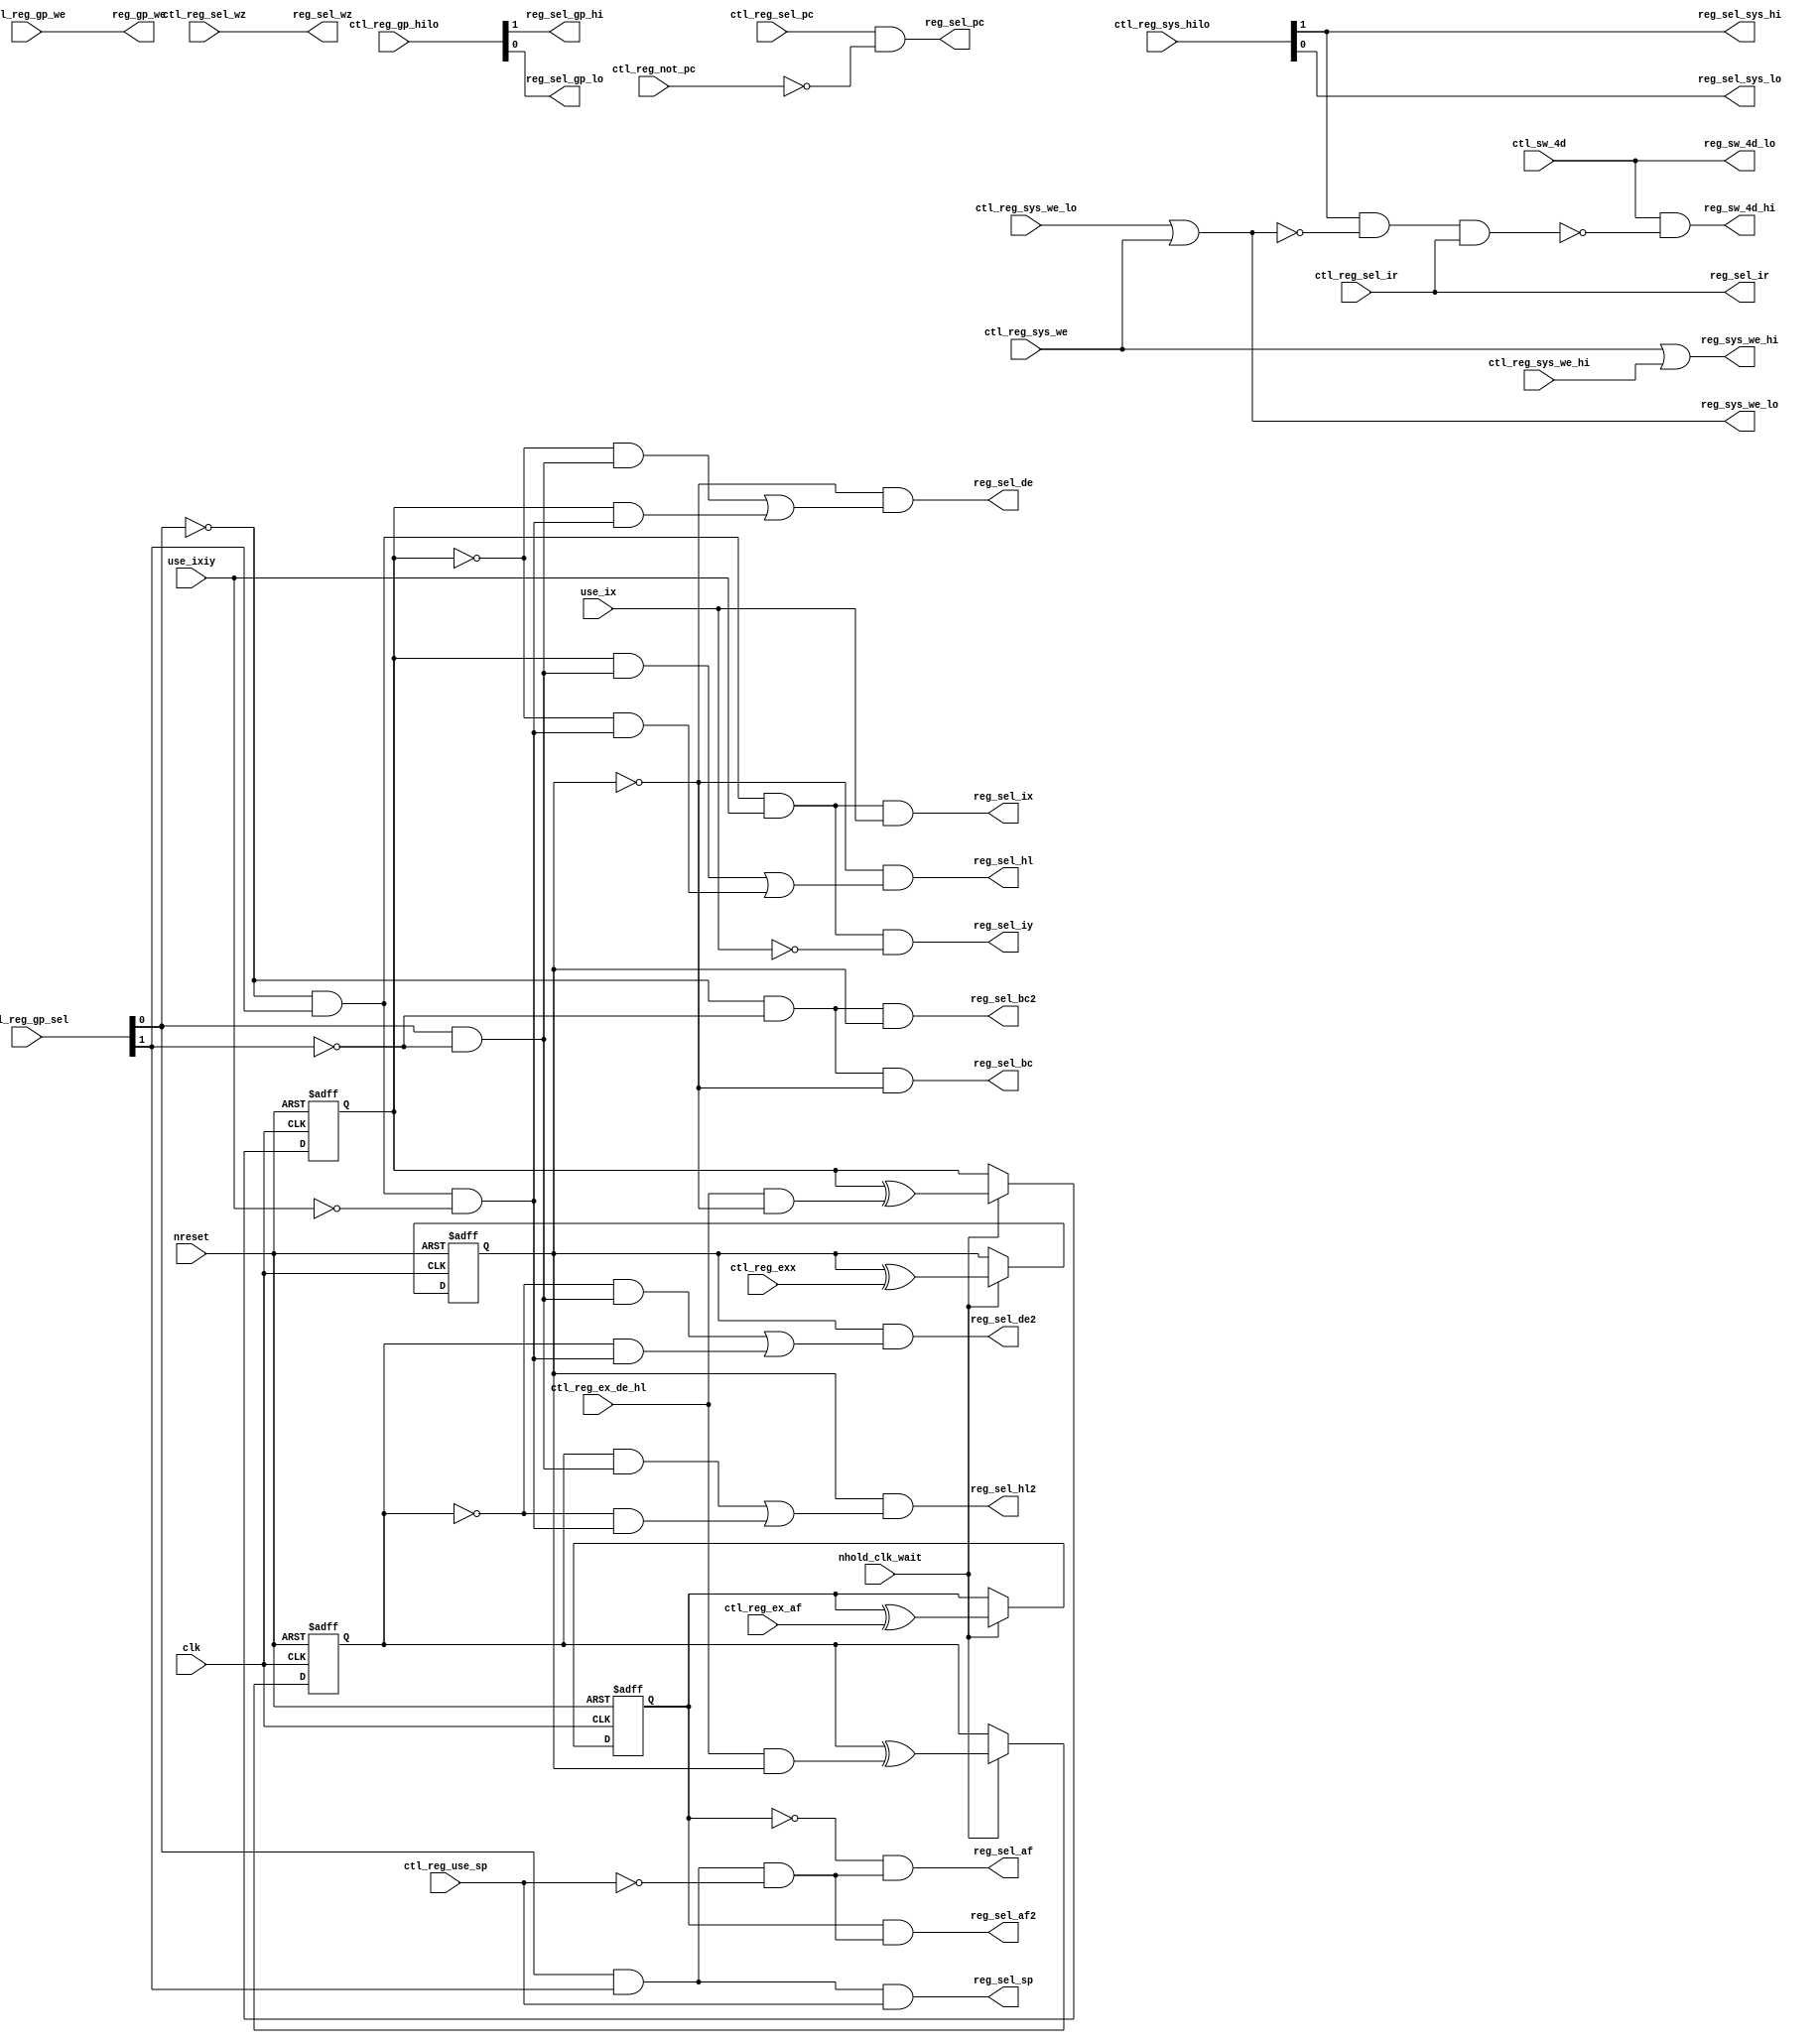
// Copyright (C) 1991-2013 Altera Corporation
// Your use of Altera Corporation's design tools, logic functions 
// and other software and tools, and its AMPP partner logic 
// functions, and any output files from any of the foregoing 
// (including device programming or simulation files), and any 
// associated documentation or information are expressly subject 
// to the terms and conditions of the Altera Program License 
// Subscription Agreement, Altera MegaCore Function License 
// Agreement, or other applicable license agreement, including, 
// without limitation, that your use is for the sole purpose of 
// programming logic devices manufactured by Altera and sold by 
// Altera or its authorized distributors.  Please refer to the 
// applicable agreement for further details.

// PROGRAM		"Quartus II 64-Bit"
// VERSION		"Version 13.0.1 Build 232 06/12/2013 Service Pack 1 SJ Web Edition"
// CREATED		"Sat Dec 10 09:05:10 2016"

module reg_control(
	ctl_reg_exx,
	ctl_reg_ex_af,
	ctl_reg_ex_de_hl,
	ctl_reg_use_sp,
	nreset,
	ctl_reg_sel_pc,
	ctl_reg_sel_ir,
	ctl_reg_sel_wz,
	ctl_reg_gp_we,
	ctl_reg_not_pc,
	use_ixiy,
	use_ix,
	ctl_reg_sys_we_lo,
	ctl_reg_sys_we_hi,
	ctl_reg_sys_we,
	clk,
	ctl_sw_4d,
	nhold_clk_wait,
	ctl_reg_gp_hilo,
	ctl_reg_gp_sel,
	ctl_reg_sys_hilo,
	reg_sel_bc,
	reg_sel_bc2,
	reg_sel_ix,
	reg_sel_iy,
	reg_sel_de,
	reg_sel_hl,
	reg_sel_de2,
	reg_sel_hl2,
	reg_sel_af,
	reg_sel_af2,
	reg_sel_wz,
	reg_sel_pc,
	reg_sel_ir,
	reg_sel_sp,
	reg_sel_gp_hi,
	reg_sel_gp_lo,
	reg_sel_sys_lo,
	reg_sel_sys_hi,
	reg_gp_we,
	reg_sys_we_lo,
	reg_sys_we_hi,
	reg_sw_4d_lo,
	reg_sw_4d_hi
);


input wire	ctl_reg_exx;
input wire	ctl_reg_ex_af;
input wire	ctl_reg_ex_de_hl;
input wire	ctl_reg_use_sp;
input wire	nreset;
input wire	ctl_reg_sel_pc;
input wire	ctl_reg_sel_ir;
input wire	ctl_reg_sel_wz;
input wire	ctl_reg_gp_we;
input wire	ctl_reg_not_pc;
input wire	use_ixiy;
input wire	use_ix;
input wire	ctl_reg_sys_we_lo;
input wire	ctl_reg_sys_we_hi;
input wire	ctl_reg_sys_we;
input wire	clk;
input wire	ctl_sw_4d;
input wire	nhold_clk_wait;
input wire	[1:0] ctl_reg_gp_hilo;
input wire	[1:0] ctl_reg_gp_sel;
input wire	[1:0] ctl_reg_sys_hilo;
output wire	reg_sel_bc;
output wire	reg_sel_bc2;
output wire	reg_sel_ix;
output wire	reg_sel_iy;
output wire	reg_sel_de;
output wire	reg_sel_hl;
output wire	reg_sel_de2;
output wire	reg_sel_hl2;
output wire	reg_sel_af;
output wire	reg_sel_af2;
output wire	reg_sel_wz;
output wire	reg_sel_pc;
output wire	reg_sel_ir;
output wire	reg_sel_sp;
output wire	reg_sel_gp_hi;
output wire	reg_sel_gp_lo;
output wire	reg_sel_sys_lo;
output wire	reg_sel_sys_hi;
output wire	reg_gp_we;
output wire	reg_sys_we_lo;
output wire	reg_sys_we_hi;
output wire	reg_sw_4d_lo;
output wire	reg_sw_4d_hi;

reg	bank_af;
reg	bank_exx;
reg	bank_hl_de1;
reg	bank_hl_de2;
wire	reg_sys_we_lo_ALTERA_SYNTHESIZED;
wire	SYNTHESIZED_WIRE_52;
wire	SYNTHESIZED_WIRE_53;
wire	SYNTHESIZED_WIRE_2;
wire	SYNTHESIZED_WIRE_54;
wire	SYNTHESIZED_WIRE_55;
wire	SYNTHESIZED_WIRE_5;
wire	SYNTHESIZED_WIRE_56;
wire	SYNTHESIZED_WIRE_10;
wire	SYNTHESIZED_WIRE_57;
wire	SYNTHESIZED_WIRE_58;
wire	SYNTHESIZED_WIRE_59;
wire	SYNTHESIZED_WIRE_60;
wire	SYNTHESIZED_WIRE_21;
wire	SYNTHESIZED_WIRE_23;
wire	SYNTHESIZED_WIRE_24;
wire	SYNTHESIZED_WIRE_25;
wire	SYNTHESIZED_WIRE_30;
wire	SYNTHESIZED_WIRE_31;
wire	SYNTHESIZED_WIRE_32;
wire	SYNTHESIZED_WIRE_61;
wire	SYNTHESIZED_WIRE_34;
wire	SYNTHESIZED_WIRE_36;
wire	SYNTHESIZED_WIRE_37;
wire	SYNTHESIZED_WIRE_38;
wire	SYNTHESIZED_WIRE_39;
wire	SYNTHESIZED_WIRE_40;
wire	SYNTHESIZED_WIRE_41;
wire	SYNTHESIZED_WIRE_42;
wire	SYNTHESIZED_WIRE_43;
wire	SYNTHESIZED_WIRE_44;
wire	SYNTHESIZED_WIRE_45;
wire	SYNTHESIZED_WIRE_46;
wire	SYNTHESIZED_WIRE_47;
wire	SYNTHESIZED_WIRE_48;
wire	SYNTHESIZED_WIRE_49;
wire	SYNTHESIZED_WIRE_50;

assign	reg_sel_wz = ctl_reg_sel_wz;
assign	reg_sel_ir = ctl_reg_sel_ir;
assign	reg_sel_gp_hi = ctl_reg_gp_hilo[1];
assign	reg_sel_gp_lo = ctl_reg_gp_hilo[0];
assign	reg_sel_sys_lo = ctl_reg_sys_hilo[0];
assign	reg_sel_sys_hi = ctl_reg_sys_hilo[1];
assign	reg_gp_we = ctl_reg_gp_we;
assign	reg_sw_4d_lo = ctl_sw_4d;



assign	reg_sel_bc = SYNTHESIZED_WIRE_52 & SYNTHESIZED_WIRE_53;

assign	reg_sel_af = SYNTHESIZED_WIRE_2 & SYNTHESIZED_WIRE_54;

assign	SYNTHESIZED_WIRE_54 = SYNTHESIZED_WIRE_55 & SYNTHESIZED_WIRE_5;

assign	reg_sel_sp = SYNTHESIZED_WIRE_55 & ctl_reg_use_sp;

assign	SYNTHESIZED_WIRE_5 =  ~ctl_reg_use_sp;

assign	reg_sel_ix = SYNTHESIZED_WIRE_56 & use_ix;

assign	SYNTHESIZED_WIRE_50 = ctl_reg_ex_de_hl & SYNTHESIZED_WIRE_53;

assign	reg_sel_iy = SYNTHESIZED_WIRE_56 & SYNTHESIZED_WIRE_10;

assign	reg_sel_af2 = bank_af & SYNTHESIZED_WIRE_54;

assign	SYNTHESIZED_WIRE_2 =  ~bank_af;

assign	SYNTHESIZED_WIRE_47 = SYNTHESIZED_WIRE_57 & SYNTHESIZED_WIRE_58;

assign	SYNTHESIZED_WIRE_46 = bank_hl_de2 & SYNTHESIZED_WIRE_59;

assign	SYNTHESIZED_WIRE_39 = SYNTHESIZED_WIRE_60 & SYNTHESIZED_WIRE_58;

assign	SYNTHESIZED_WIRE_49 = bank_hl_de2 & SYNTHESIZED_WIRE_58;

assign	SYNTHESIZED_WIRE_48 = SYNTHESIZED_WIRE_57 & SYNTHESIZED_WIRE_59;

assign	reg_sel_de = SYNTHESIZED_WIRE_53 & SYNTHESIZED_WIRE_21;

assign	reg_sel_hl = SYNTHESIZED_WIRE_53 & SYNTHESIZED_WIRE_23;

assign	reg_sel_de2 = bank_exx & SYNTHESIZED_WIRE_24;

assign	reg_sel_hl2 = bank_exx & SYNTHESIZED_WIRE_25;

assign	SYNTHESIZED_WIRE_38 = bank_hl_de1 & SYNTHESIZED_WIRE_59;

assign	SYNTHESIZED_WIRE_53 =  ~bank_exx;

assign	SYNTHESIZED_WIRE_45 = bank_hl_de1 & SYNTHESIZED_WIRE_58;

assign	SYNTHESIZED_WIRE_44 = SYNTHESIZED_WIRE_60 & SYNTHESIZED_WIRE_59;

assign	SYNTHESIZED_WIRE_52 = SYNTHESIZED_WIRE_30 & SYNTHESIZED_WIRE_31;

assign	SYNTHESIZED_WIRE_60 =  ~bank_hl_de1;

assign	reg_sys_we_hi = ctl_reg_sys_we | ctl_reg_sys_we_hi;

assign	reg_sel_pc = ctl_reg_sel_pc & SYNTHESIZED_WIRE_32;

assign	SYNTHESIZED_WIRE_58 = SYNTHESIZED_WIRE_61 & SYNTHESIZED_WIRE_34;

assign	SYNTHESIZED_WIRE_32 =  ~ctl_reg_not_pc;

assign	SYNTHESIZED_WIRE_36 =  ~ctl_reg_gp_sel[1];

assign	reg_sys_we_lo_ALTERA_SYNTHESIZED = ctl_reg_sys_we_lo | ctl_reg_sys_we;

assign	SYNTHESIZED_WIRE_56 = SYNTHESIZED_WIRE_61 & use_ixiy;

assign	SYNTHESIZED_WIRE_42 =  ~ctl_reg_gp_sel[0];

assign	SYNTHESIZED_WIRE_43 = ctl_reg_ex_de_hl & bank_exx;

assign	SYNTHESIZED_WIRE_34 =  ~use_ixiy;

assign	SYNTHESIZED_WIRE_59 = ctl_reg_gp_sel[0] & SYNTHESIZED_WIRE_36;


always@(posedge clk or negedge nreset)
begin
if (!nreset)
	begin
	bank_af <= 0;
	end
else
if (nhold_clk_wait)
	begin
	bank_af <= bank_af ^ ctl_reg_ex_af;
	end
end

assign	SYNTHESIZED_WIRE_10 =  ~use_ix;

assign	SYNTHESIZED_WIRE_57 =  ~bank_hl_de2;

assign	SYNTHESIZED_WIRE_41 =  ~reg_sys_we_lo_ALTERA_SYNTHESIZED;

assign	SYNTHESIZED_WIRE_40 =  ~SYNTHESIZED_WIRE_37;

assign	SYNTHESIZED_WIRE_23 = SYNTHESIZED_WIRE_38 | SYNTHESIZED_WIRE_39;

assign	reg_sw_4d_hi = ctl_sw_4d & SYNTHESIZED_WIRE_40;

assign	SYNTHESIZED_WIRE_37 = ctl_reg_sys_hilo[1] & SYNTHESIZED_WIRE_41 & ctl_reg_sel_ir;

assign	SYNTHESIZED_WIRE_61 = SYNTHESIZED_WIRE_42 & ctl_reg_gp_sel[1];


always@(posedge clk or negedge nreset)
begin
if (!nreset)
	begin
	bank_hl_de2 <= 0;
	end
else
if (nhold_clk_wait)
	begin
	bank_hl_de2 <= bank_hl_de2 ^ SYNTHESIZED_WIRE_43;
	end
end

assign	SYNTHESIZED_WIRE_21 = SYNTHESIZED_WIRE_44 | SYNTHESIZED_WIRE_45;

assign	SYNTHESIZED_WIRE_25 = SYNTHESIZED_WIRE_46 | SYNTHESIZED_WIRE_47;

assign	SYNTHESIZED_WIRE_24 = SYNTHESIZED_WIRE_48 | SYNTHESIZED_WIRE_49;


always@(posedge clk or negedge nreset)
begin
if (!nreset)
	begin
	bank_hl_de1 <= 0;
	end
else
if (nhold_clk_wait)
	begin
	bank_hl_de1 <= bank_hl_de1 ^ SYNTHESIZED_WIRE_50;
	end
end


always@(posedge clk or negedge nreset)
begin
if (!nreset)
	begin
	bank_exx <= 0;
	end
else
if (nhold_clk_wait)
	begin
	bank_exx <= bank_exx ^ ctl_reg_exx;
	end
end

assign	SYNTHESIZED_WIRE_55 = ctl_reg_gp_sel[0] & ctl_reg_gp_sel[1];

assign	SYNTHESIZED_WIRE_30 =  ~ctl_reg_gp_sel[0];

assign	SYNTHESIZED_WIRE_31 =  ~ctl_reg_gp_sel[1];

assign	reg_sel_bc2 = SYNTHESIZED_WIRE_52 & bank_exx;

assign	reg_sys_we_lo = reg_sys_we_lo_ALTERA_SYNTHESIZED;

endmodule